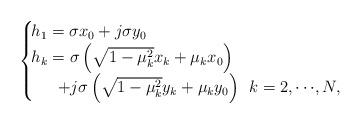
LaTeX: \begin{align*}\begin{cases}\!h_{1}=\sigma x_{0} +j\sigma y_{0}\\\!h_{k}=\sigma \left ({\sqrt {1-\mu _{k}^{2}}x_{k}+\mu _{k} x_{0}}\right) \\\quad\:\: +j\sigma \left ({\sqrt {1-\mu _{k}^{2}}y_{k}+\mu _{k} y_{0}}\right) \:\: k=2, {\cdots },N, \end{cases}\end{align*}